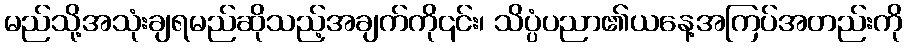
မည်သို့အသုံးချရမည်ဆိုသည့်အချက်ကို၎င်း၊ သိပ္ပံပညာ၏ယနေ့အကြပ်အတည်းကို